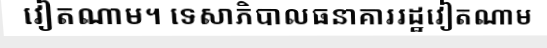
វៀតណាម។ ទេសាភិបាលធនាគាររដ្ឋវៀតណាម